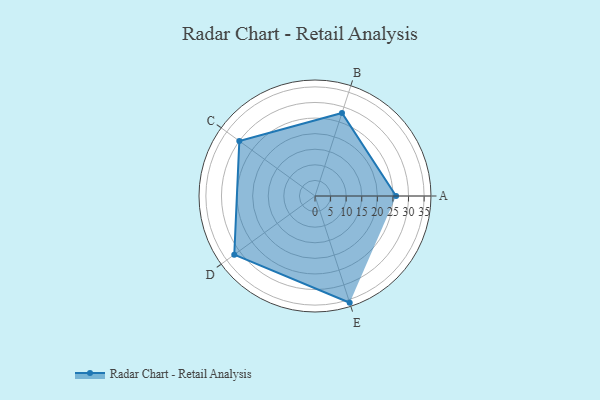
{"axis": {"x": "Skill", "y": "Score"}, "legend": ["Profile"], "data": [{"x": "A", "y": 26.0, "type": "Profile"}, {"x": "B", "y": 28.0, "type": "Profile"}, {"x": "C", "y": 30.0, "type": "Profile"}, {"x": "D", "y": 32.0, "type": "Profile"}, {"x": "E", "y": 36.0, "type": "Profile"}]}